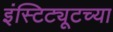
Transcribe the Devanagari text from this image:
इंस्टिट्यूटच्या